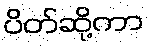
ပိတ်ဆို့ကာ